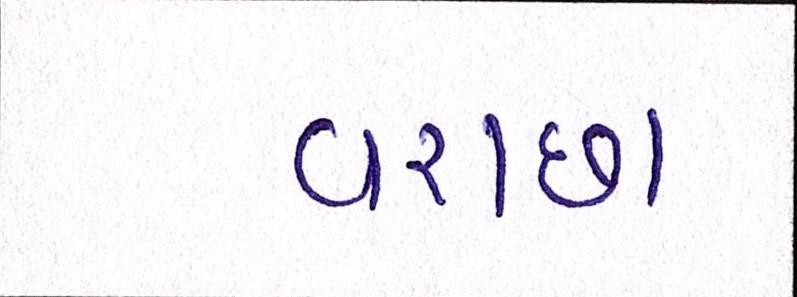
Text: વરાછા